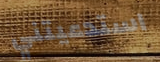
استدعيتني